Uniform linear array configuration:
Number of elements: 16
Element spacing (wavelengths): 0.5
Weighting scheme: kaiser
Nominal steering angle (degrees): -15
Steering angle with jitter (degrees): -15.386
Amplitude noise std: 0.05
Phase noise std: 0.05

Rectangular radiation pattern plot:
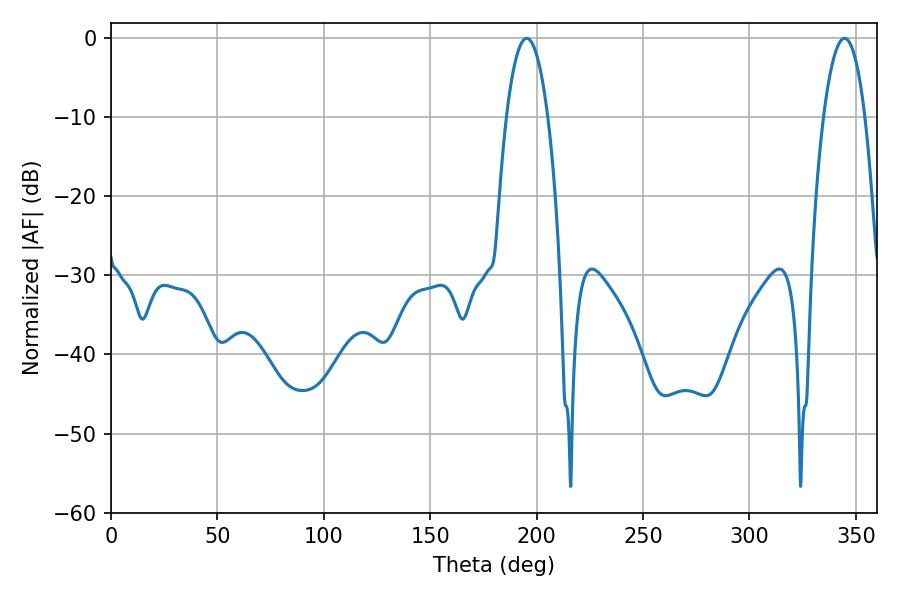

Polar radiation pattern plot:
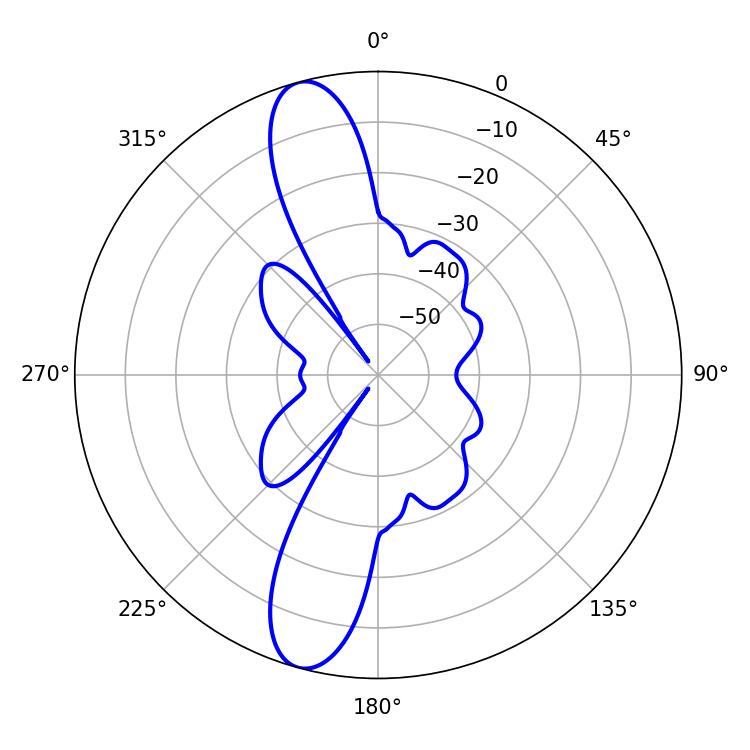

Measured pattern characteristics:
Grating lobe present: FALSE
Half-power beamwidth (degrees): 10.98
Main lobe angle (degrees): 195.3